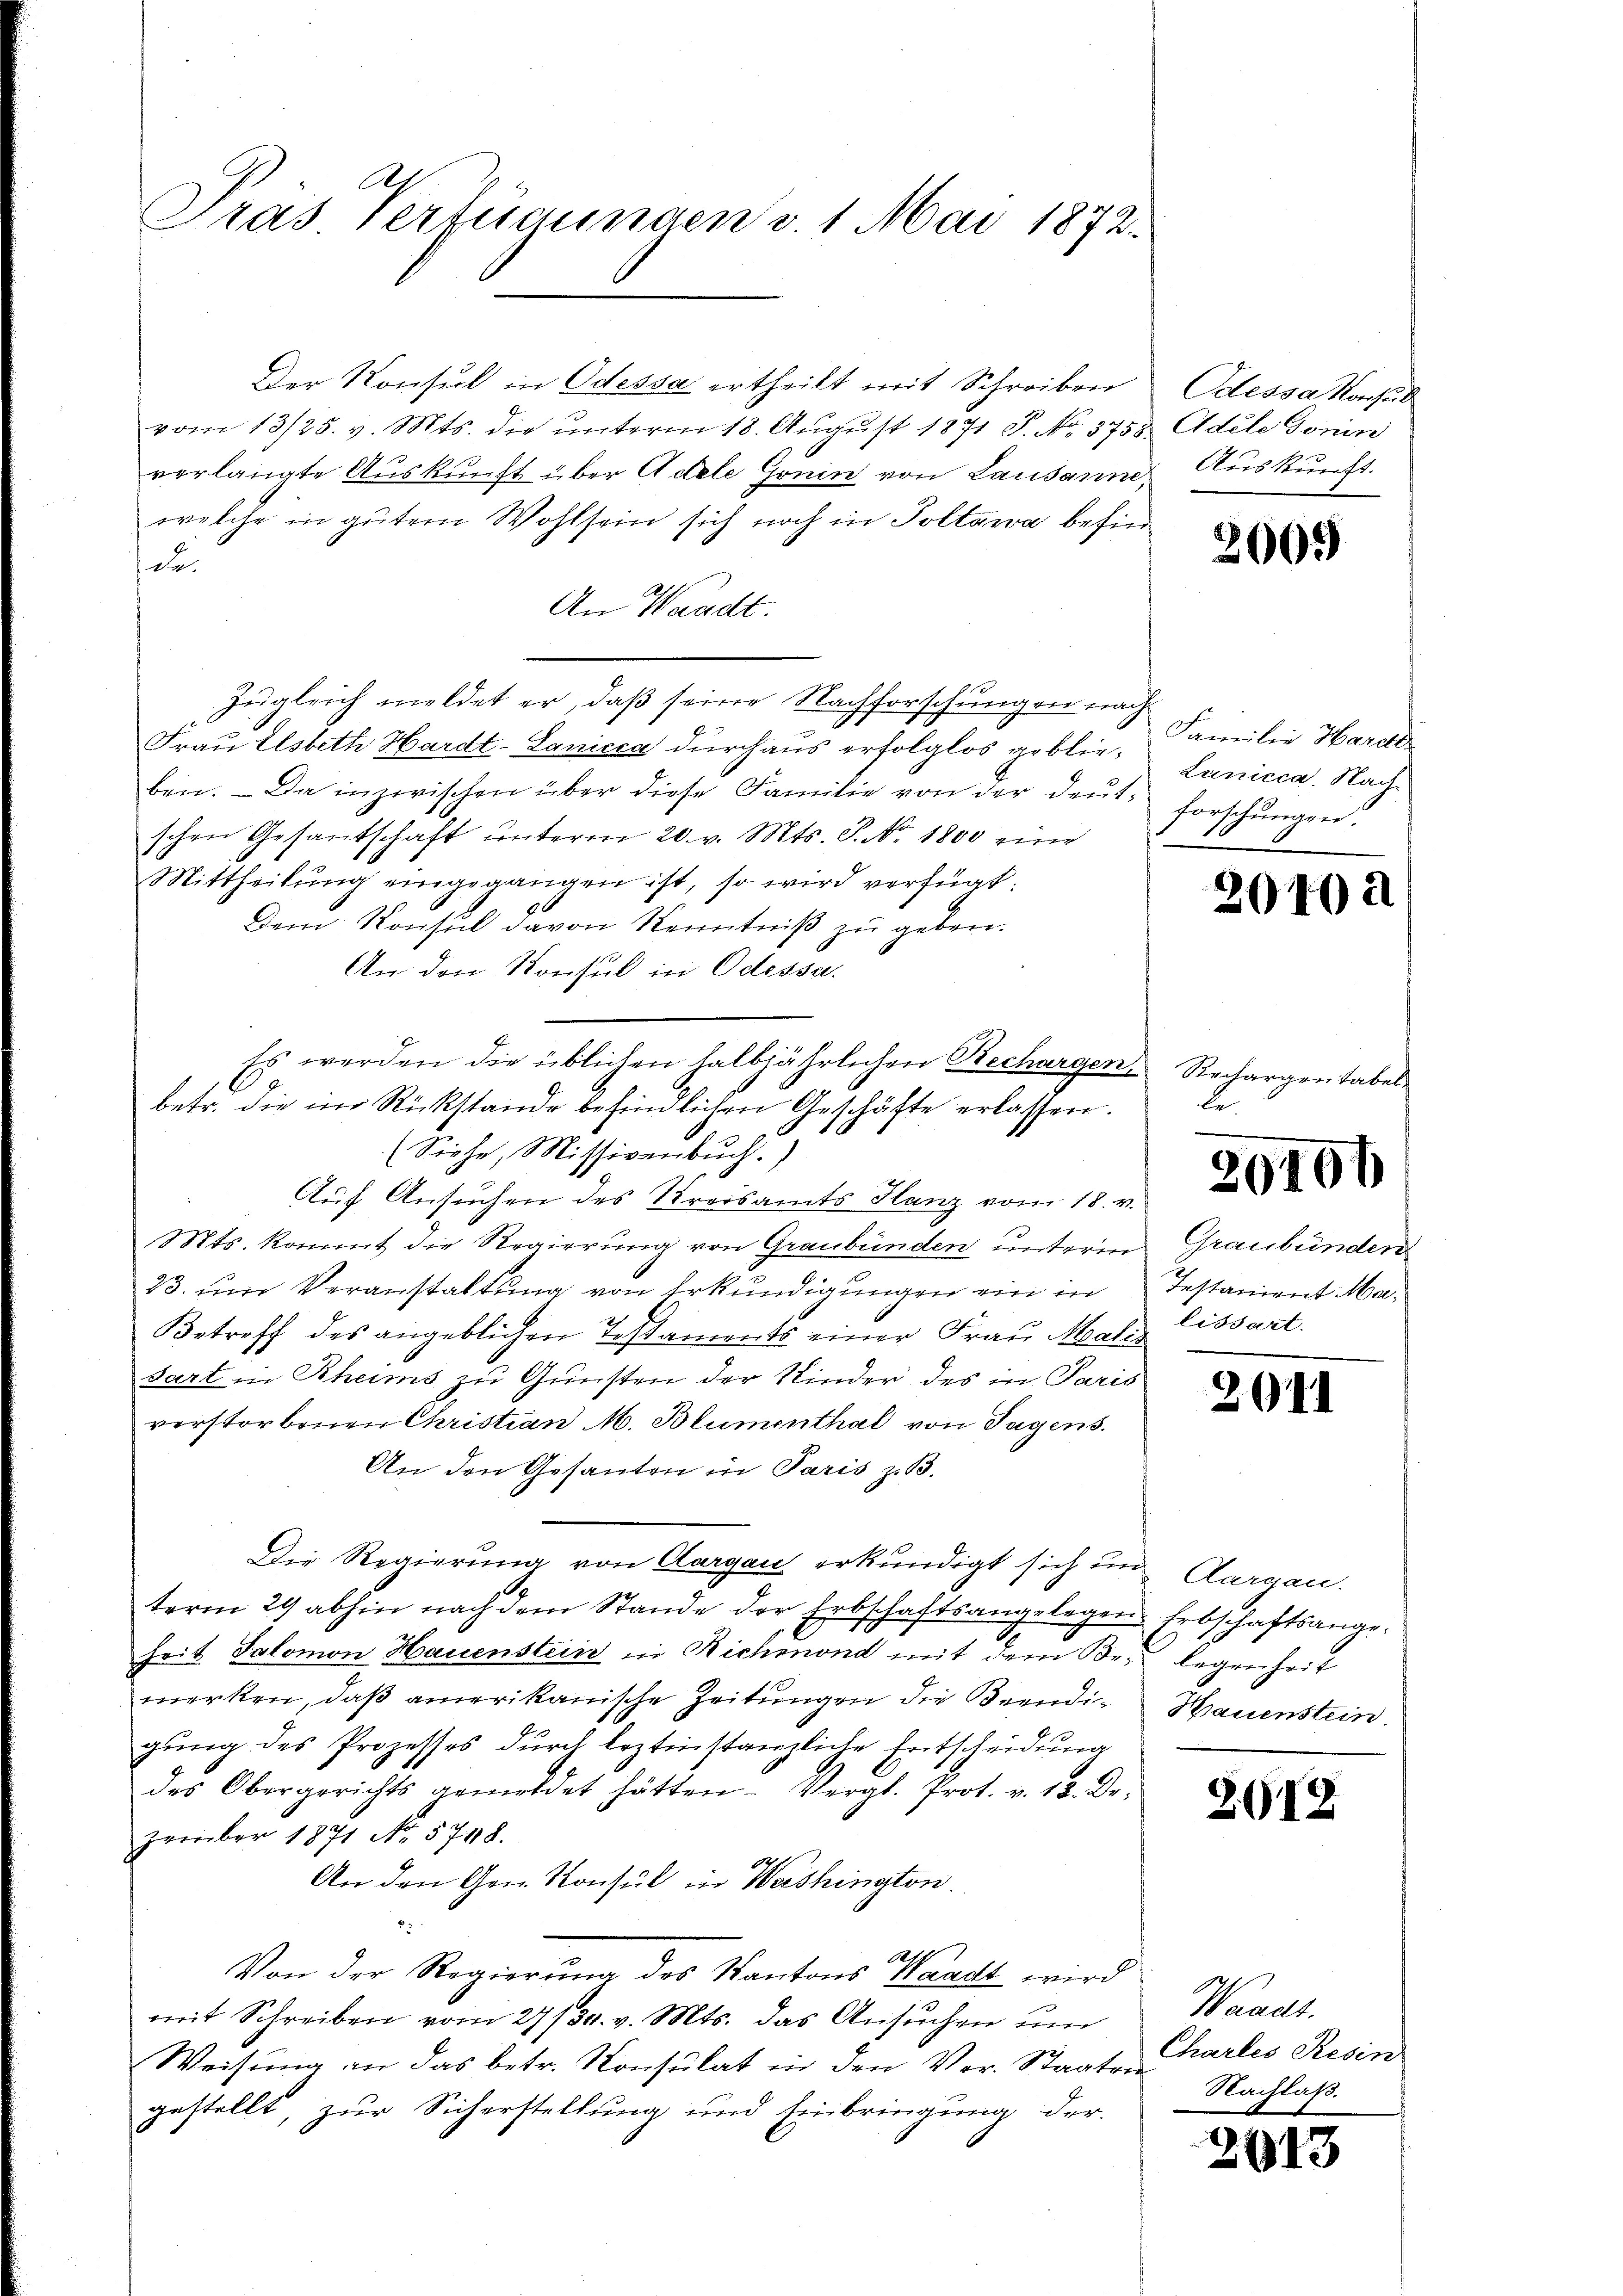
Tras Vertigungen v. 1. Mai 1872.

vom 13/25. v. Mts. die ŭnterm 18. Aŭgŭst 1871 S. No. 3758 Adele Gonin
verlangte Auskunft über Adele Gonin von Lausanne,
welche in gutem Wohlsein sich noch in Poltawa befin
de.
An Waadt.
Zugleich meldet er, daß seine Nachforschungen nach
Frau Elsbeth Hardt-Lanicca durchaus erfolglos geblie Lanicca. Nachben. Da inzwischen über diese Familie von der deŭt. Forschŭngen.
schen Gesantschaft ŭnterm 20. v. Mts. P. Nr. 1800 eine
Mittheilung eingegangen ist, so wird verfügt:
Dem Konsul davon Kenntniß zu geben.
An den Konsul in Odessa.
Es werden die üblichen halbjährlichen Bechargen Rechargen tabelbetr. die im Rückstände befindlichen Geschäfte erlassen.
(Siehe, Missivenbŭch.)
Auf Ansuchen des Kreisamts Hanz vom 18. v.
Mts. kommt die Regierung von Graubünden unterm Graubünden
23. um Veranstaltung von Erkundigungen ein in
Betreff des angeblichen Testaments einer Frau Mealis
sart in Rheims zu Gunsten der Kinder des in Paris
verstorbenen Christian M. Blumenthal von Tugens.
An den Gesanten in Paris z. B.
Die Regierung von Aargau erkundigt sich in Aargau.
term 29 abhin nach dem Stande der Erbschaftsangelegen Erbschaftsangeheit Salomon Hauenstein in Richmond mit dem Bei legenheit
merken, daß amerikanische Zeitungen die Beendigung des Prozesses durch leztinstanzliche Entscheidung
des Obergerichts gemeldet hätten. Vergl. Prot. v. 13. Dr.
zember 1871 No 5748.
An den Gen. Konsul in Washington.
No. 4.
Von der Regierung des Kantons Waadt wird
mit Schreiben vom 27/30. v. Mts. das Ansŭchen um
Weisung an das betr. Konsulat in den Ver- Staate Charles Resin
gestellt, zur Sicherstellung und Einbringung der

Der Konsul in Odessa ertheilt mit Schreiben

Odessa Konsul
 Auskunft.

2005

Familie Harde

2040 a

be

20106

Testaniont Malissart.

2011

Hauenstein.

2012

Waadt.
Nachlaß.

27)